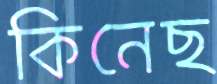
কিনেছ